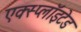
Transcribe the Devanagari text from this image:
एक्स्प्लाॅइटेड